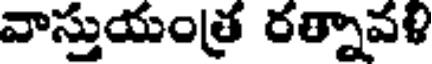
వాస్తుయంత్ర రత్నావళి